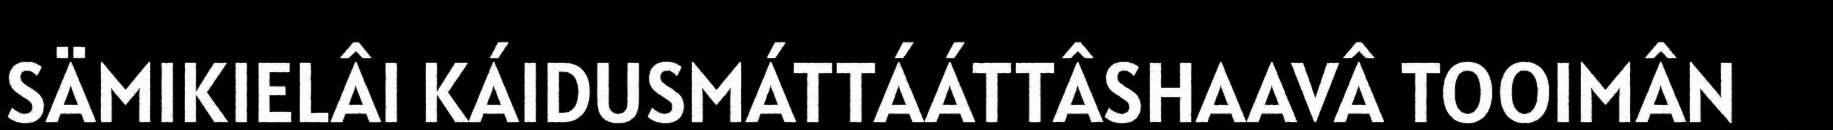
SÄMIKIELÂI KÁIDUSMÁTTÁÁTTÂSHAAVÂ TOOIMÂN